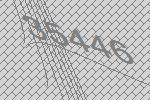
35446